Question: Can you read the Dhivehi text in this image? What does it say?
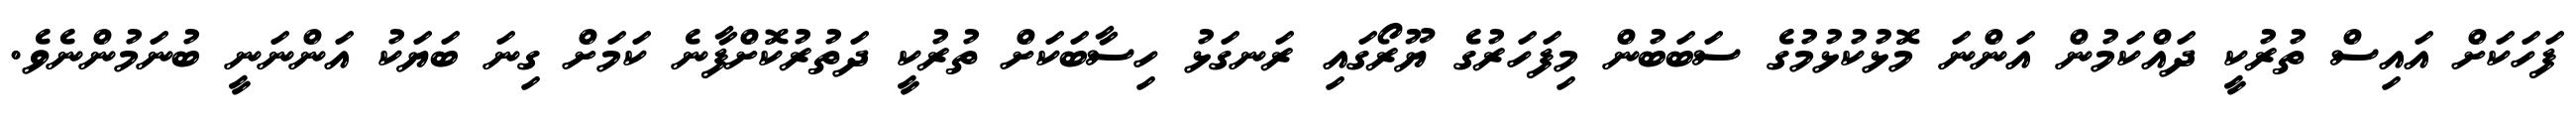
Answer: ފަހަކަށް އައިސް ތުރުކީ ދައްކަމުން އަންނަ މޮޅުކުޅުމުގެ ސަބަބުން މިފަހަރުގެ ޔޫރޯގައި ރަނގަޅު ހިސާބަކަށް ތުރުކީ ދަތުރުކޮށްފާނެ ކަމަށް ގިނަ ބަޔަކު އަންނަނީ ބުނަމުންނެވެ.